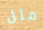
مثل